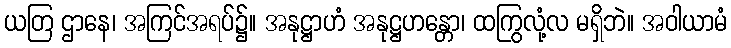
ယတြ ဌာနေ၊ အကြင်အရပ်၌။ အနုဋ္ဌာဟံ အနုဋ္ဌဟန္တော၊ ထကြွလုံ့လ မရှိဘဲ။ အဝါယာမံ